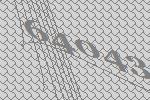
64043